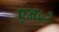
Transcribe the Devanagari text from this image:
एन७२